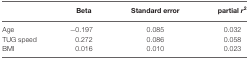
<table><thead><tr><td></td><td><b>Beta</b></td><td><b>Standard error</b></td><td><b>partial <i>r</i><sup>2</sup></b></td></tr></thead><tbody><tr><td>Age</td><td>−0.197</td><td>0.085</td><td>0.032</td></tr><tr><td>TUG speed</td><td>0.272</td><td>0.086</td><td>0.058</td></tr><tr><td>BMI</td><td>0.016</td><td>0.010</td><td>0.023</td></tr></tbody></table>